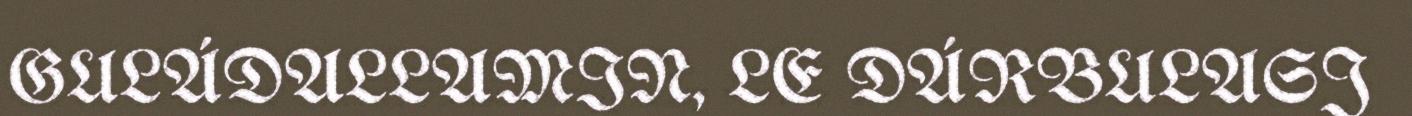
GULÁDALLAMIN, LE DÁRBULASJ